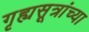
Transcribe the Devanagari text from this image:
गृह्यसूत्रांच्या